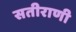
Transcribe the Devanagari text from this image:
सतीराणी